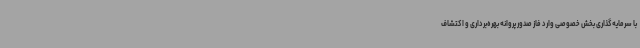
با سرمایه‌گذاری بخش خصوصی وارد فاز صدور پروانه بهره‌برداری و اکتشاف